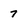
Character: 7